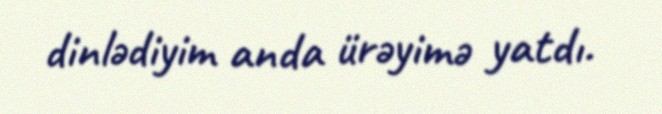
dinlədiyim anda ürəyimə yatdı.